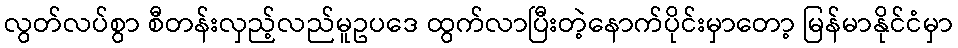
လွတ်လပ်စွာ စီတန်းလှည့်လည်မူဥပဒေ ထွက်လာပြီးတဲ့နောက်ပိုင်းမှာတော့ မြန်မာနိုင်ငံမှာ